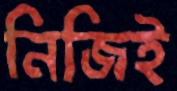
নিজিই